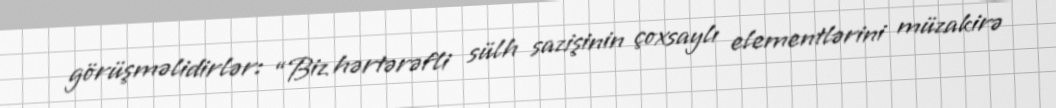
görüşməlidirlər: “Biz hərtərəfli sülh sazişinin çoxsaylı elementlərini müzakirə